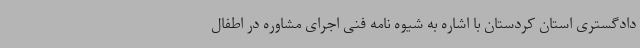
دادگستری استان کردستان با اشاره به شیوه نامه فنی اجرای مشاوره در اطفال